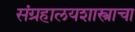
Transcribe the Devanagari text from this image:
संग्रहालयशास्त्राचा